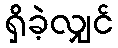
ရှိခဲ့လျှင်